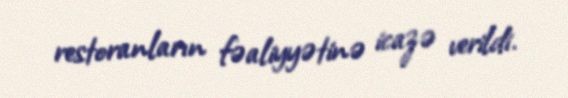
restoranların fəaliyyətinə icazə verildi.